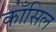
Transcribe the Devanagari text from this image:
काँसिल